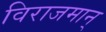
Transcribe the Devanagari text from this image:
विराजमान्‌